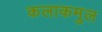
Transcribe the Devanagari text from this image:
कलाकमुल